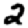
Digit: 2